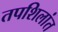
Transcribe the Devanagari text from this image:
तपशिलांत